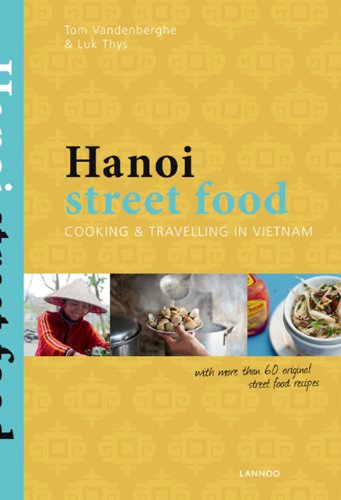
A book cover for Hanoi Street Food; Tom Vandenberghe; Cookbooks, Food & Wine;